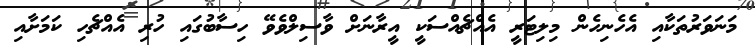
މަނަވަރުތަކާއި އެހެނިހެން މިލިޓަރީ އެއްޗެއްސަކީ އީރާނަށް ވާސިލްވެވޭ ހިސާބުގައި ހުރި އެއްޗެހި ކަމަށާއި